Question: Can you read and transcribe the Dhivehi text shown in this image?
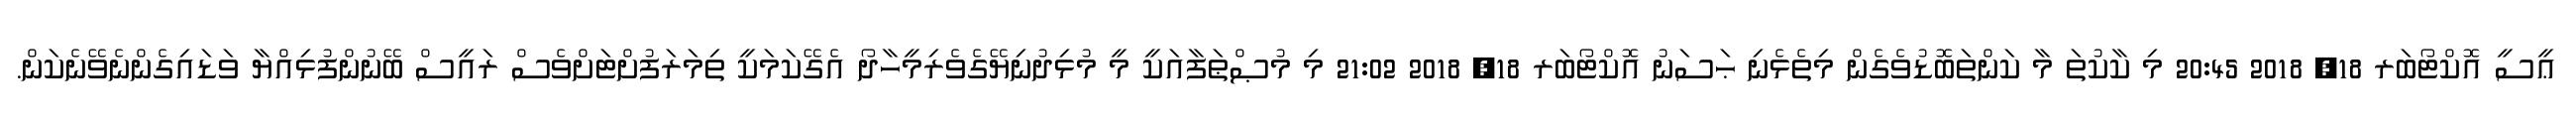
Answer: ޢީސީ އޮކްޓޯބަރ 18, 2018 20:45 މި ކާކުތަ މާ ކަންތަބޮޑުވެގެން މިތެޅެނި ޙަސަނު އޮކްޓޯބަރ 18, 2018 21:02 މި މުޞްޠަފާއަކީ މީ މުޅިދުނިޔޭގެވެރިމީހާދޯ އެގޭކަމަކީ ތިމަރަފުށްޓަށްވެސް ރައީސް ބޭނުންފުޅިއްޔާ ވަޑައިގެންނެވޭނެކަން.